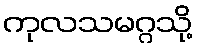
ကုလသမဂ္ဂသို့